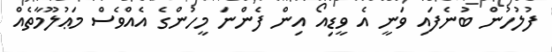
ފުލުހުން ބުނެފައި ވަނީ އެ ވީޑިއޯ އިން ފެންނަ މީހުންގެ އެއްވެސް މަޢުލޫމާތެއް